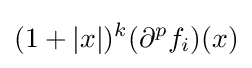
(1+|x|)^{k}(\partial ^{p}f_{i})(x)